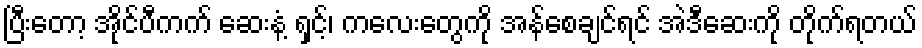
ပြီးတော့ အိုင်ပီကက် ဆေးနံ့ ရှင့်၊ ကလေးတွေကို အန်စေချင်ရင် အဲဒီဆေးကို တိုက်ရတယ်